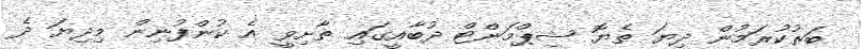
ބަރުކުރަމުން ދިޔަ ތެޔޮ ޝިޕްމަންޓް ދުބާއީގައި ތާށިވީ އެ ކުންފުނިން މިދިޔަ ދެ